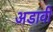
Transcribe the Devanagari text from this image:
अडावी